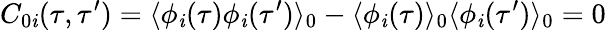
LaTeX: {}C_{0\mathit{i}}(\tau,\tau^{\prime})=\langle\phi_{\mathit{i}}(\tau)\phi_{\mathit{i}}(\tau^{\prime})\rangle_{0}-\langle\phi_{\mathit{i}}(\tau)\rangle_{0}\langle\phi_{\mathit{i}}(\tau^{\prime})\rangle_{0}=0